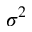
\sigma ^ { 2 }